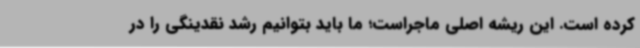
کرده است. این ریشه اصلی ماجراست؛ ما باید بتوانیم رشد نقدینگی را در